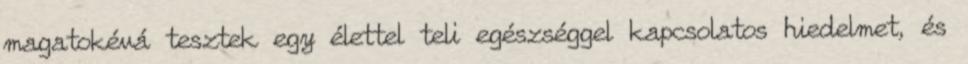
magatokévá tesztek egy élettel teli egészséggel kapcsolatos hiedelmet, és